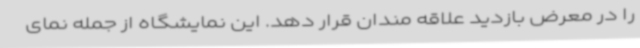
را در معرض بازدید علاقه مندان قرار دهد. این نمایشگاه از جمله نمای